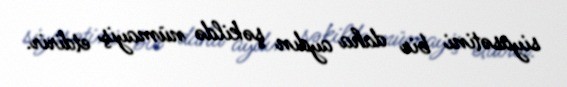
siyasətini bir daha aydın şəkildə nümayiş etdirir.